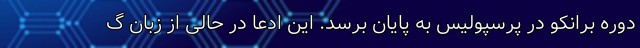
دوره برانکو در پرسپولیس به پایان برسد. این ادعا در حالی از زبان گ